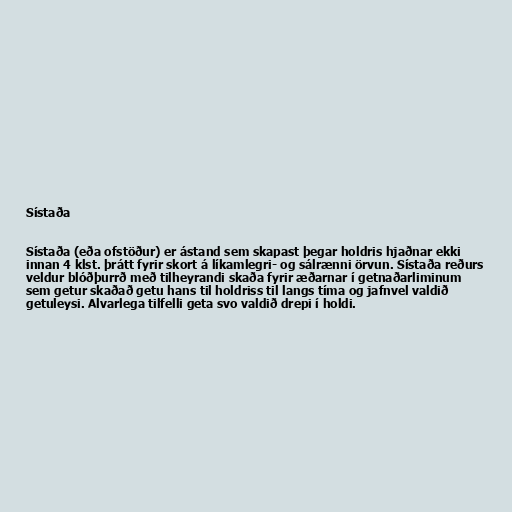
Sístaða

Sístaða (eða ofstöður) er ástand sem skapast þegar holdris hjaðnar ekki
innan 4 klst. þrátt fyrir skort á líkamlegri- og sálrænni örvun. Sístaða reðurs
veldur blóðþurrð með tilheyrandi skaða fyrir æðarnar í getnaðarliminum
sem getur skaðað getu hans til holdriss til langs tíma og jafnvel valdið
getuleysi. Alvarlega tilfelli geta svo valdið drepi í holdi.